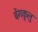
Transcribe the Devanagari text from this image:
बेंगकुलु